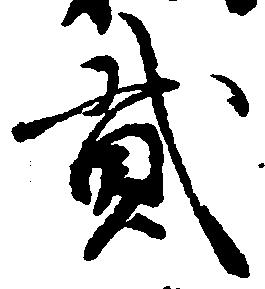
弐